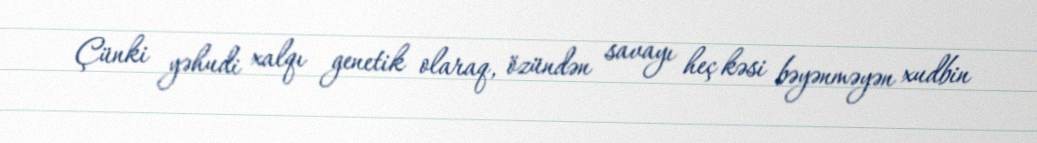
Çünki yəhudi xalqı genetik olaraq, özündən savayı heç kəsi bəyənməyən xudbin